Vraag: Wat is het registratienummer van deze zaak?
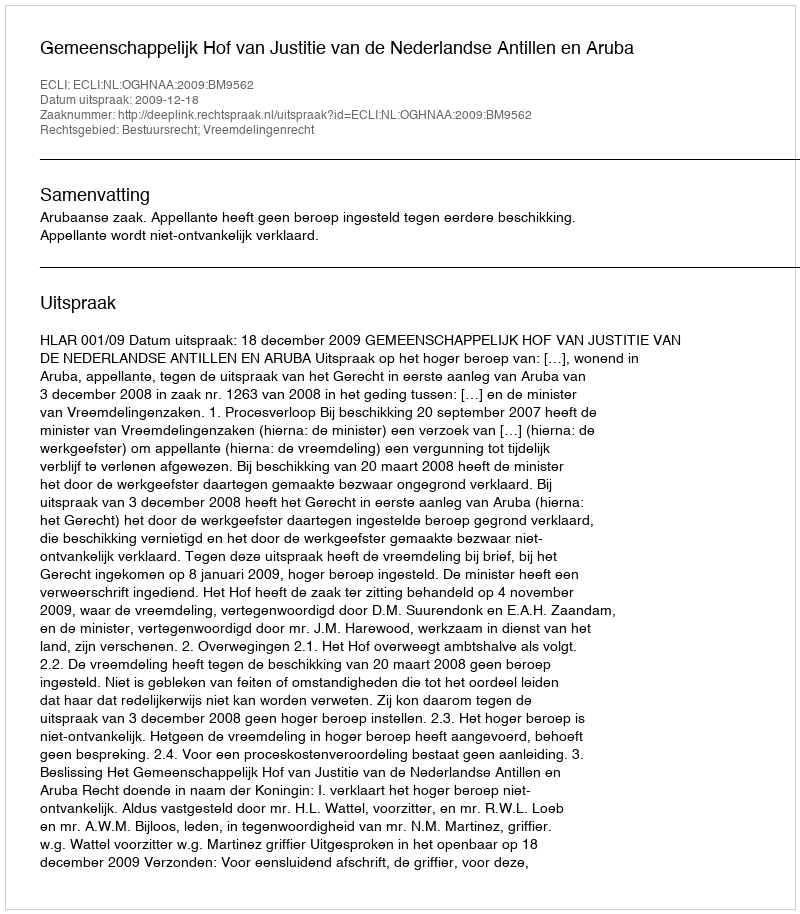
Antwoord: http://deeplink.rechtspraak.nl/uitspraak?id=ECLI:NL:OGHNAA:2009:BM9562